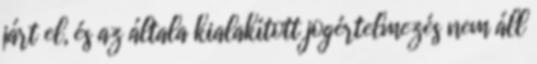
járt el, és az általa kialakított jogértelmezés nem áll